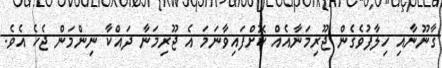
ގާނޫނާއި ހިލާފުވެގެން ޖޫރިމަނާއެއް ކޮށްފައިވާނަމަ އެ ޖޫރިމަނާ ދައްކާ ނިންމަން ޖެހެ އެވެ.